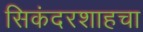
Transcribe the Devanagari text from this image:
सिकंदरशाहचा